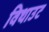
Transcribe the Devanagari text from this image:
विथाउट